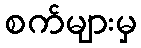
စက်များမှ